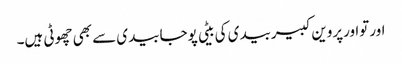
اورتواورپروین کبیربیدی کی بیٹی پوجابیدی سے بھی چھوٹی ہیں۔